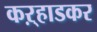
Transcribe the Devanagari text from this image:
कऱ्हाडकर